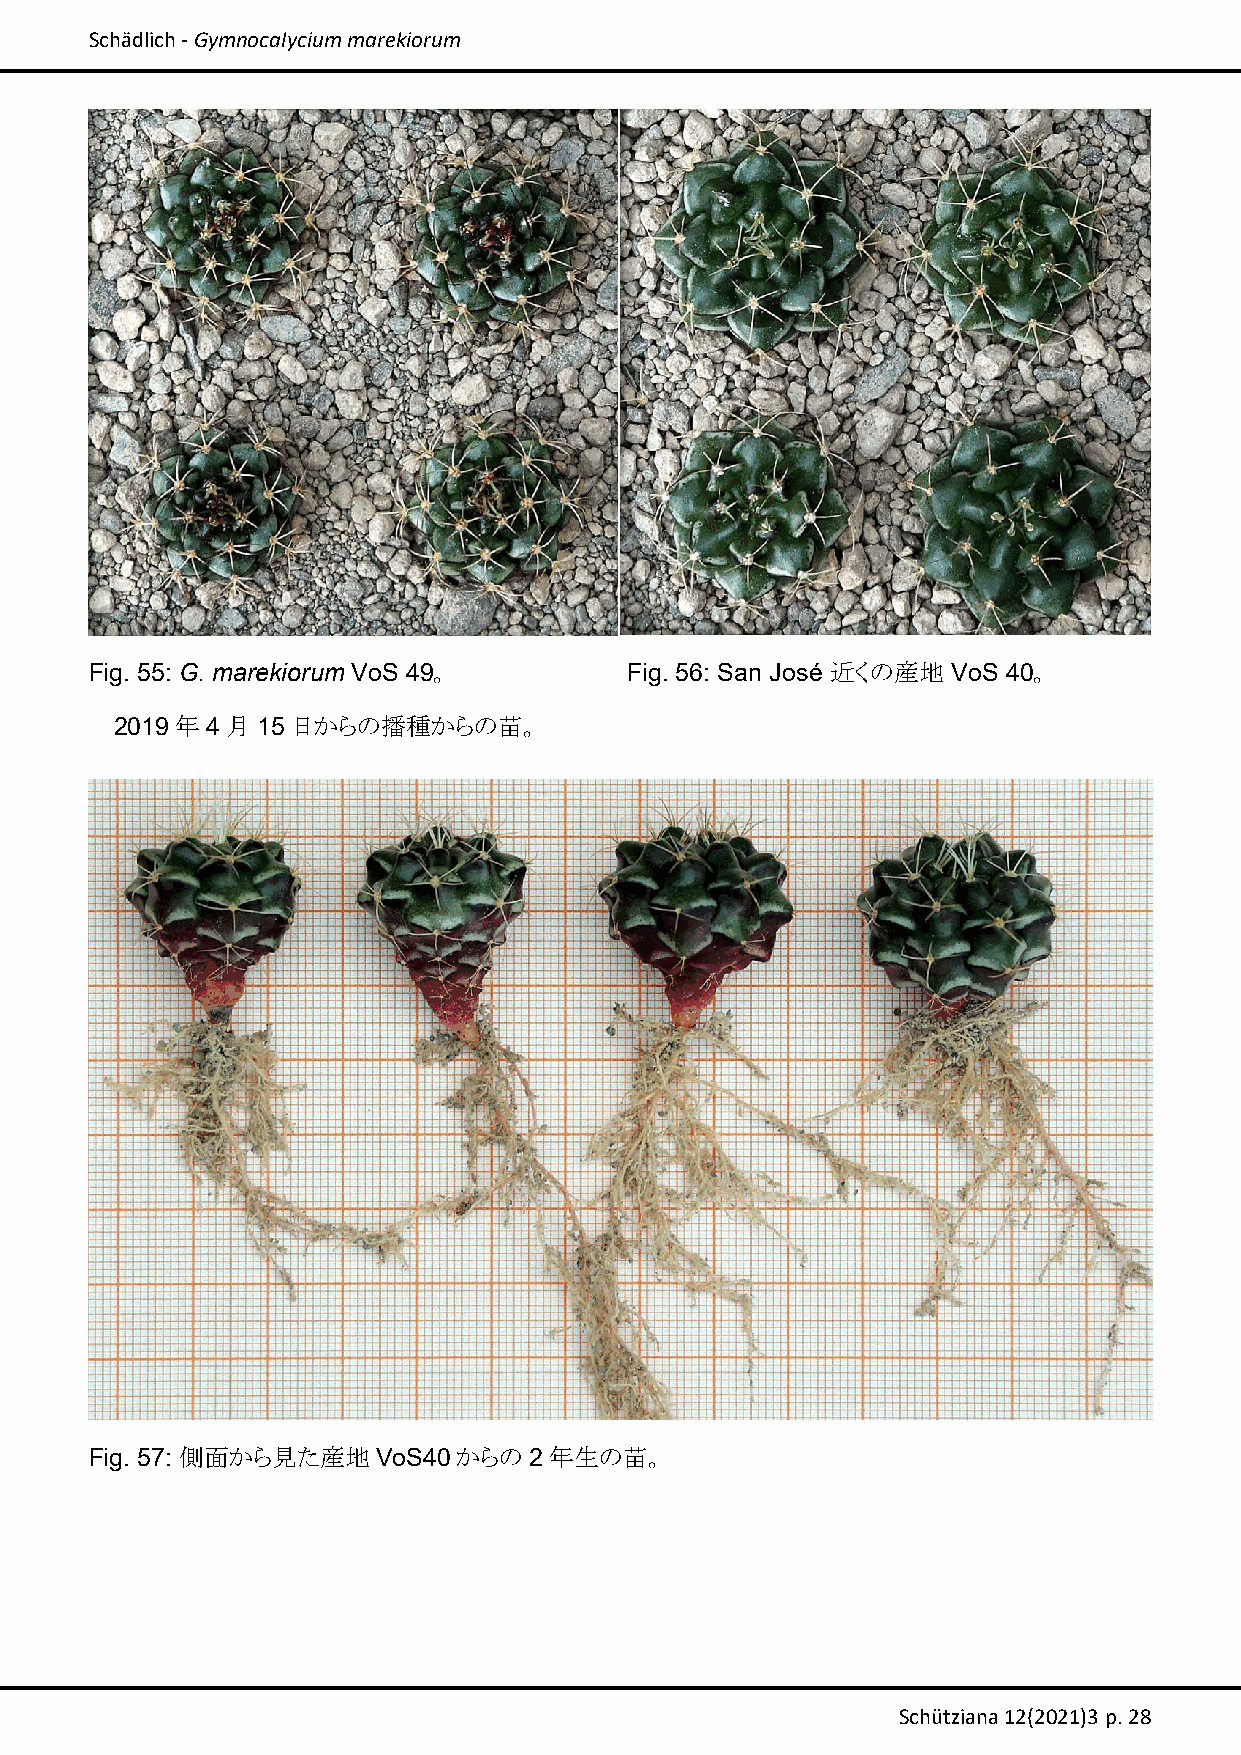
Schädlich ‐ Gymnocalycium marekiorum
 Fig. 55: G. marekiorum VoS 49。      Fig. 56: San José 近くの産地 VoS 40。
 2019年4月15日からの播種からの苗。
 Fig. 57: 側面から見た産地  VoS40からの  2年生の苗。
 Schütziana 12(2021)3 p. 28